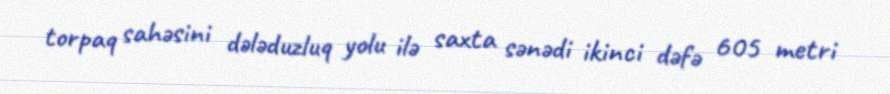
torpaq sahəsini dələduzluq yolu ilə saxta sənədi ikinci dəfə 605 metri